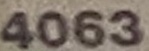
4063